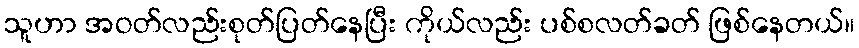
သူဟာ အဝတ်လည်းစုတ်ပြတ်နေပြီး ကိုယ်လည်း ပစ်စလတ်ခတ် ဖြစ်နေတယ်။